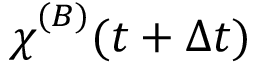
{ \chi \smash [ t ] { \mathstrut } } ^ { ( B ) } ( t + \Delta t )